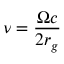
\nu = \frac { \Omega c } { 2 r _ { g } }